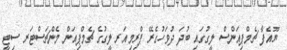
ޔޫއެފާ ޗެމްޕިއަންސް ލީގުގައި ބުދަ ދުވަހުގެރޭ ޕްރިމިއަރ ލީގުގެ ޗެމްޕިއަން މެންޗަސްޓަރ ސިޓީ